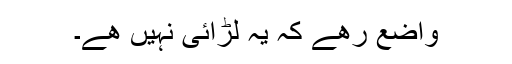
واضع رھے کہ یہ لڑائی نہیں ھے۔